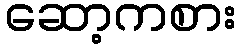
ဆော့ကစား